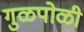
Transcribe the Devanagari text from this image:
गुळपोळी